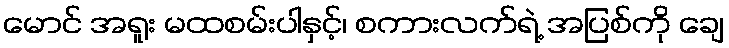
မောင် အရူး မထစမ်းပါနှင့်၊ စကားလက်ရဲ့ အပြစ်ကို ချေ